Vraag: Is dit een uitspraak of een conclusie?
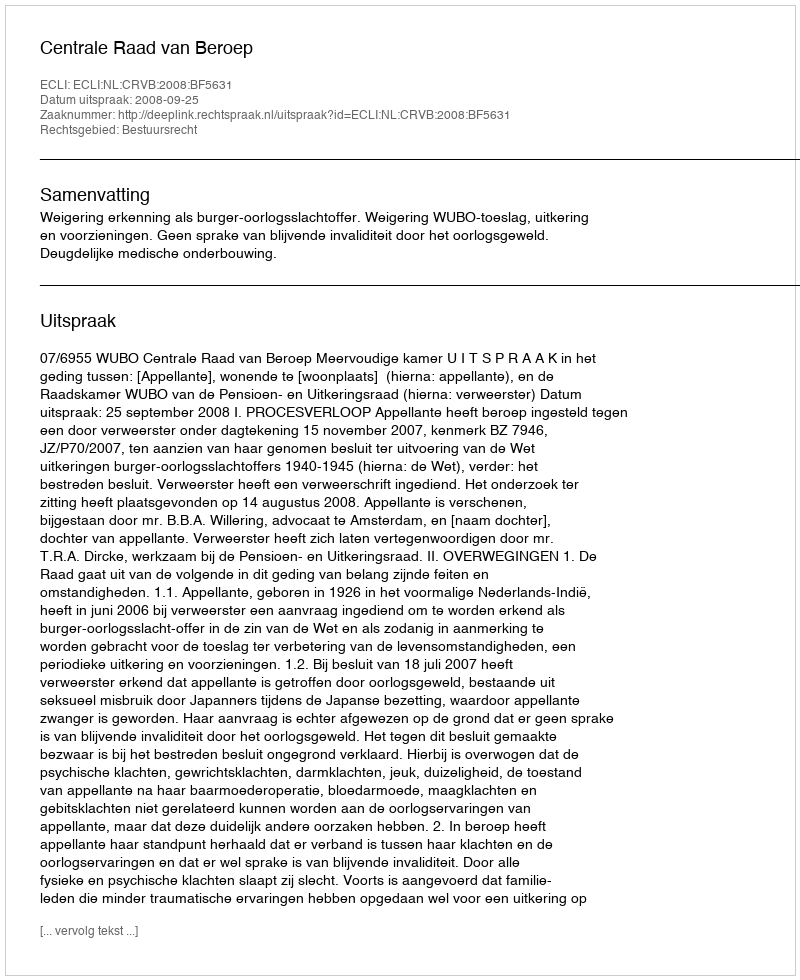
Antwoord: Uitspraak